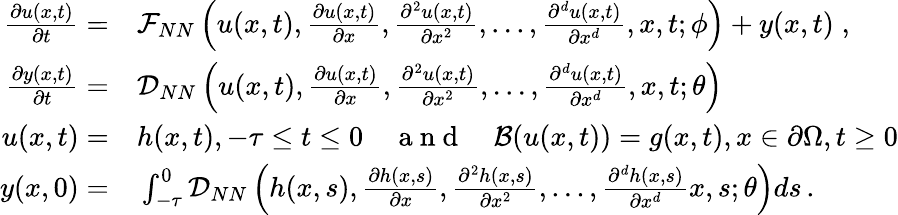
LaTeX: \begin{array}{rl}{\frac{\partial u(x,t)}{\partial t}=}&{{}\mathcal{F}_{NN}\left(u(x,t),\frac{\partial u(x,t)}{\partial x},\frac{\partial^{2}u(x,t)}{\partial x^{2}},...,\frac{\partial^{d}u(x,t)}{\partial x^{d}},x,t;\phi\right)+y(x,t)\; ,}\\ {\frac{\partial y(x,t)}{\partial t}=}&{{}\mathcal{D}_{NN}\left(u(x,t),\frac{\partial u(x,t)}{\partial x},\frac{\partial^{2}u(x,t)}{\partial x^{2}},...,\frac{\partial^{d}u(x,t)}{\partial x^{d}},x,t;\theta\right)}\\ {u(x,t)=}&{{}h(x,t),-\tau\leq t\leq 0\quad\mathrm{~a~n~d~}\quad\mathcal{B}(u(x,t))=g(x,t),x\in\partial\Omega,t\geq 0}\\ {y(x,0)=}&{{}\int_{-\tau}^{0}\mathcal{D}_{NN}\left(h(x,s),\frac{\partial h(x,s)}{\partial x},\frac{\partial^{2}h(x,s)}{\partial x^{2}},...,\frac{\partial^{d}h(x,s)}{\partial x^{d}}x,s;\theta\right)ds\, .}\end{array}